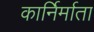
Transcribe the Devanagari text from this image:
कार्निर्माता